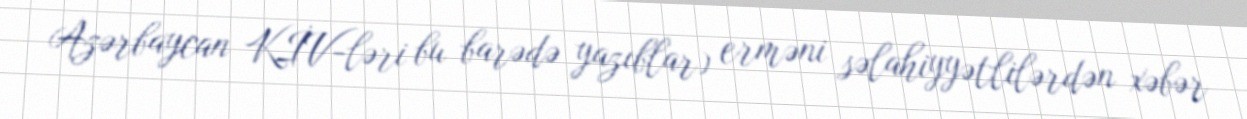
Azərbaycan KİV-ləri bu barədə yazıblar) erməni səlahiyyətlilərdən xəbər